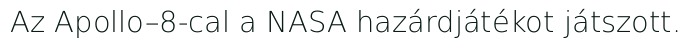
Az Apollo–8-cal a NASA hazárdjátékot játszott.